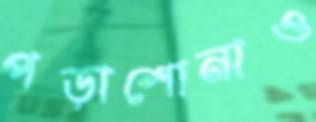
পড়াশোনাও